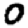
Digit: 0